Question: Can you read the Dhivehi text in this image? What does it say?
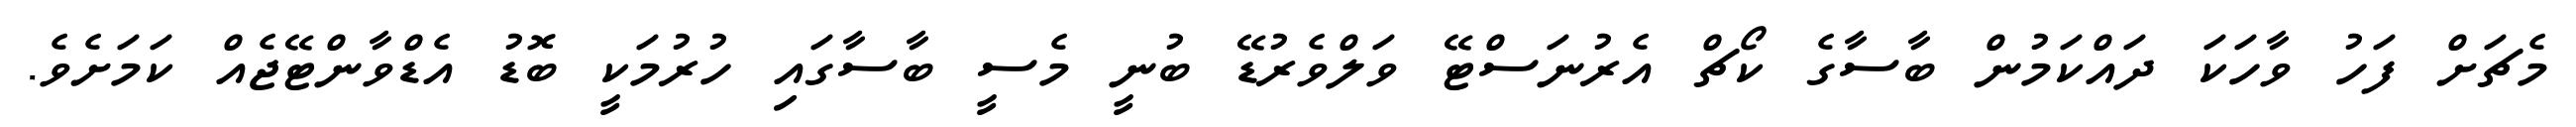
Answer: މެޗަށް ފަހު ވާހަކަ ދައްކަމުން ބާސާގެ ކޯޗް އެރުނަސްޓޭ ވަލްވެރުޑޭ ބުނީ މެސީ ބާސާގައި ހުރުމަކީ ބޮޑު އެޑްވާންޓޭޖެއް ކަމަށެވެ.